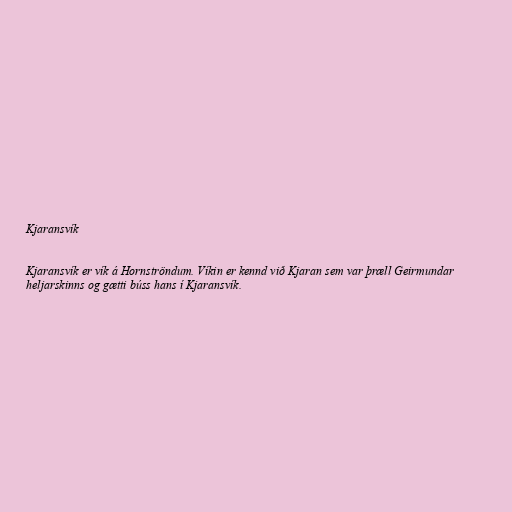
Kjaransvík

Kjaransvík er vík á Hornströndum. Víkin er kennd við Kjaran sem var þræll Geirmundar
heljarskinns og gætti búss hans í Kjaransvík.